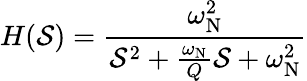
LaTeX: H(\mathcal{S})={\frac{{\omega_{\mathrm{{N}}}^{2}}}{{\mathcal{S}^{2}+{\frac{{\omega_{\mathrm{{N}}}}}{{Q}}}\mathcal{S}+\omega_{\mathrm{{N}}}^{2}}}}